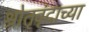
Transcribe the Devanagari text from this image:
श्रोतृवृंदाच्या